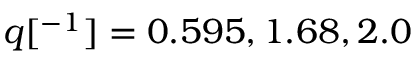
q [ \AA ^ { - 1 } ] = 0 . 5 9 5 , 1 . 6 8 , 2 . 0